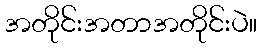
အတိုင်းအတာအတိုင်းပဲ။